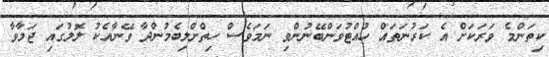
ކިތަންމެ ވަރަކަށް އެ ކަރުނަތައް ހުއްޓުވަންބޭނުންވި ނަމަވެސް ހިތްށްލިބެމުންދާ ވޭނާއެކު ލޮލުގައި ޖަމާވާ